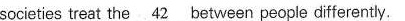
societies treat the.\underline{42} between peopio differently.